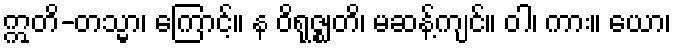
ဣတိ-တသ္မာ၊ ကြောင့်။ န ဝိရုဇ္ဈတိ၊ မဆန့်ကျင်။ ဝါ၊ ကား။ ယော၊